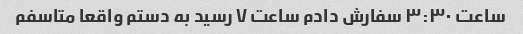
ساعت ٣:٣٠ سفارش دادم ساعت ٧ رسید به دستم واقعا متاسفم